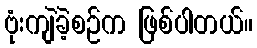
ဗုံးကျဲခဲ့စဉ်က ဖြစ်ပါတယ်။